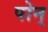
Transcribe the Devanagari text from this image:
पोन्